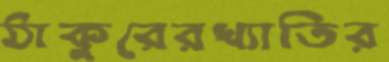
ঠাকুরেরখ্যাতির